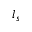
l _ { s }